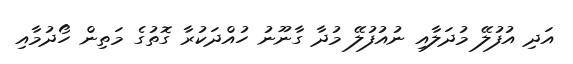
އަދި އުފުލޭ މުދަލާއި ނުއުފުލޭ މުދާ ގާނޫނު ހުއްދަކުރާ ގޮތުގެ މަތިން ހޯދުމާއި